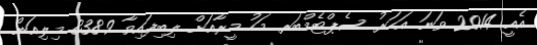
އެއީ 2014 ވަނަ އަހަރު ސެޕްޓެމްބަރ މަހު މީރާއަށް ލިބިފައިވާ 838.9 މިލިއަން